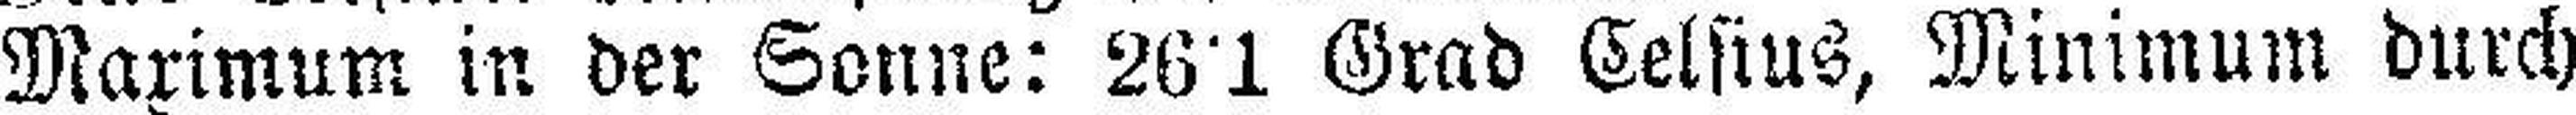
Maximum in der Sonne: 26°1 Grad Celsius, Minimum durch